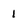
Character: 1